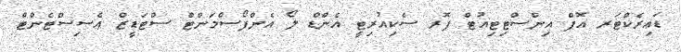
ޑައިރެކްޓަރ އޮފް އިންސްޓިޓިއުޓް ފޮރ ސެކިއުރިޓީ އެންޑް ލޯ އެންފޯސްމަންޓް ސްޓަޑީޒް އެސިސްޓެންޓް